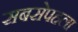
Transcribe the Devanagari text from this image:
सबसेपहला